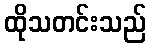
ထိုသတင်းသည်